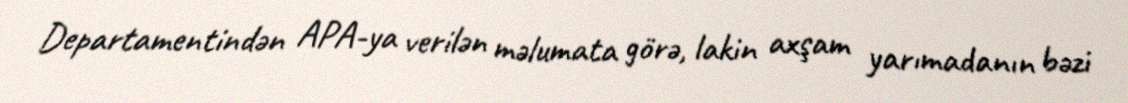
Departamentindən APA-ya verilən məlumata görə, lakin axşam yarımadanın bəzi